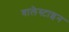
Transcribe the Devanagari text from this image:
वालेस्टाइन